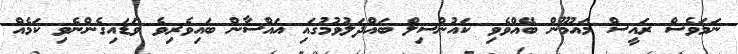
ނަމަވެސް ރައީސް މައުމޫން ބޭއްވެވި ކައުންސިލް ބައްދަލުވުމުގައި ޣައްސާން ބައިވެރިވެ ވަޑައިގެންނެވި ކަމެއް